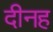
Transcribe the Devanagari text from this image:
दीनह